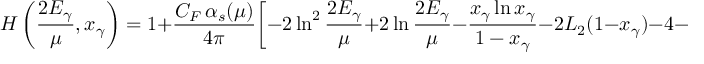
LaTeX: H \left( \frac { 2 E _ { \gamma } } { \mu } , x _ { \gamma } \right) = 1 + \frac { C _ { F } \, \alpha _ { s } ( \mu ) } { 4 \pi } \bigg [ - 2 \ln ^ { 2 } \frac { 2 E _ { \gamma } } { \mu } + 2 \ln \frac { 2 E _ { \gamma } } { \mu } - \frac { x _ { \gamma } \ln x _ { \gamma } } { 1 - x _ { \gamma } } - 2 L _ { 2 } ( 1 - x _ { \gamma } ) - 4 - \frac { \pi ^ { 2 } } { 1 2 } \bigg ] \, . \phantom { \Bigg | }